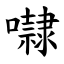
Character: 㘑